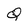
Character: Q